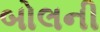
બોલની